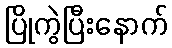
ပြိုကွဲပြီးနောက်